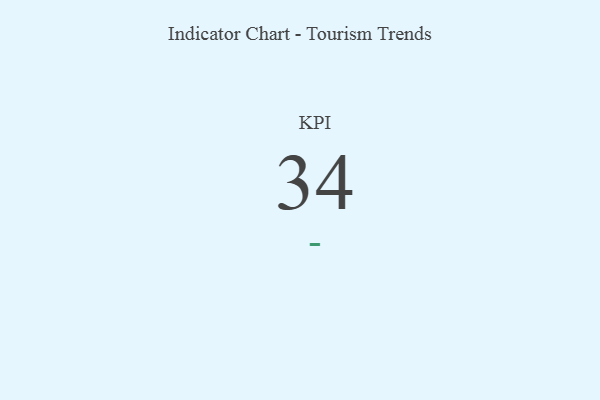
{"axis": {"x": "KPI", "y": "Value"}, "legend": [""], "data": [{"x": "KPI", "y": 34, "type": ""}]}